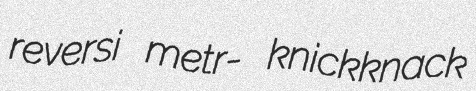
reversi metr- knickknack